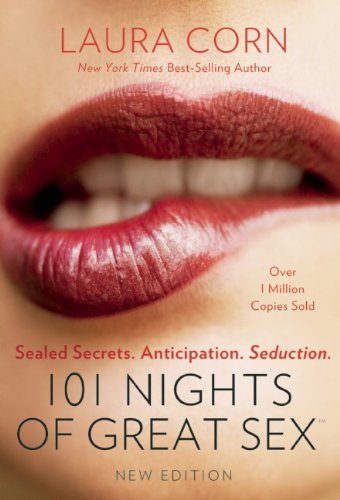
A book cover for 101 Nights of Great Sex: Sealed Secrets.  Anticipation.  Seduction.; Laura Corn; Self-Help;